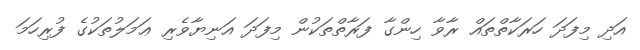
އަދި މިފަދަ ހަރަކާތްތައް ރާވާ ހިންގާ ފަރާތްތަކުން މިފަދަ އަނިޔާވެރި ޢަމަލުތަކުގެ ފުރިހަމަ